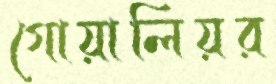
গোয়ালিয়র